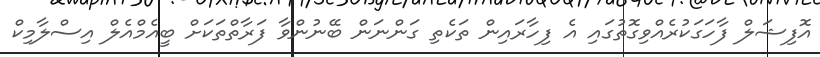
އޮފިޝަލް ފާހަގަކުރެއްވިގޮތުގައި އެ ފިހާރައިން ތަކެތި ގަންނަން ބޭނުންވާ ފަރާތްތަކަށް ބީއެމްއެލް އިސްލާމިކް